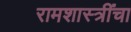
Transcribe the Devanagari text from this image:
रामशास्त्रींचा